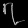
Digit: ၇